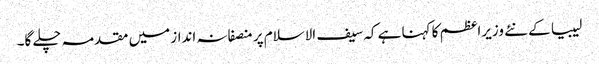
لیبیا کے نئے وزیراعظم کا کہنا ہے کہ سیف الاسلام پر منصفانہ انداز میں مقدمہ چلے گا۔